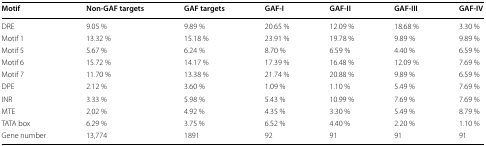
| Motif | Non-GAF targets | GAF targets | GAF-I | GAF-II | GAF-III | GAF-IV |
 | --- | --- | --- | --- | --- | --- | --- |
 | DRE | 9.05 % | 9.89 % | 20.65 % | 12.09 % | 18.68 % | 3.30 % |
 | Motif 1 | 13.32 % | 15.18 % | 23.91 % | 19.78 % | 9.89 % | 9.89 % |
 | Motif 5 | 5.67 % | 6.24 % | 8.70 % | 6.59 % | 4.40 % | 6.59 % |
 | Motif 6 | 15.72 % | 14.17 % | 17.39 % | 16.48 % | 12.09 % | 7.69 % |
 | Motif 7 | 11.70 % | 13.38 % | 21.74 % | 20.88 % | 9.89 % | 6.59 % |
 | DPE | 2.12 % | 3.60 % | 1.09 % | 1.10 % | 5.49 % | 7.69 % |
 | INR | 3.33 % | 5.98 % | 5.43 % | 10.99 % | 7.69 % | 7.69 % |
 | MTE | 2.02 % | 4.92 % | 4.35 % | 3.30 % | 5.49 % | 8.79 % |
 | TATA box | 6.29 % | 3.75 % | 6.52 % | 4.40 % | 2.20 % | 1.10 % |
 | Gene number | 13,774 | 1891 | 92 | 91 | 91 | 91 |